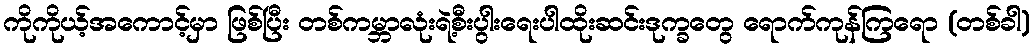
ကိုကိုယ့်အကောင့်မှာ ဖြစ်ပြီး တစ်ကမ္ဘာလုံးရဲ့စီးပွါးရေးပါထိုးဆင်းဒုက္ခတွေ ရောက်ကုန်ကြရော (တစ်ခါ)